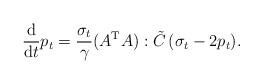
LaTeX: \begin{align*}\frac{\rm d}{{\rm d}t} p_t = \frac{\sigma_t}{\gamma} (A^{\rm T} A):\tilde C \,(\sigma_t - 2p_t).\end{align*}